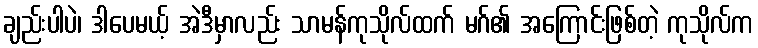
ချည်းပါပဲ၊ ဒါပေမယ့် အဲဒီမှာလည်း သာမန်ကုသိုလ်ထက် မဂ်၏ အကြောင်းဖြစ်တဲ့ ကုသိုလ်က